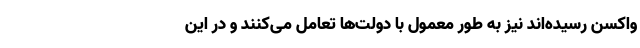
واکسن رسیده‌اند نیز به طور معمول با دولت‌ها تعامل می‌کنند و در این